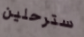
سترحلين